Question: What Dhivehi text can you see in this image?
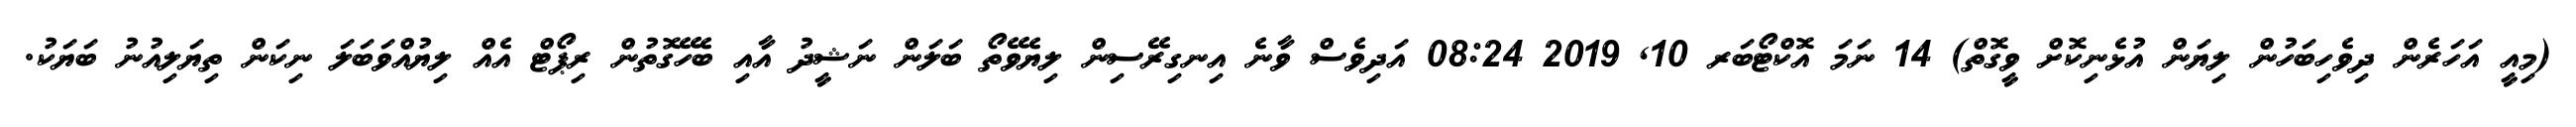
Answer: (މިއީ އަހަރެން ދިވެހިބަހުން ލިޔަން އުޅެނިކޮށް ވީގޮތް) 14 ނަމަ އޮކްޓޯބަރ 10, 2019 08:24 އަދިވެސް ވާނެ އިނގިރޭސިން ލިޔެވޭތޯ ބަލަން ނަޝީދު އާއި ބެހޭގޮތުން ރިޕޯޓް އެއް ލިޔުއްވަބަލަ ނިކަން ތިޔަލިއުނު ބަޔަކު.